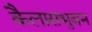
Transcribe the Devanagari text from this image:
कैलासभुवन